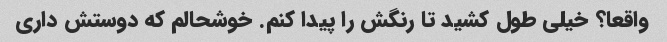
واقعا؟ خیلی طول کشید تا رنگش را پیدا کنم. خوشحالم که دوستش داری